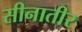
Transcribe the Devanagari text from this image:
सीनातीर